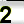
Digit: 2